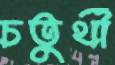
চতুর্থী